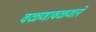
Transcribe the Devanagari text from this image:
वळणावळणाने